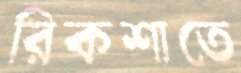
রিকশাতে